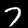
Label: 7